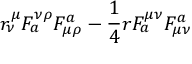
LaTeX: r _ { \nu } ^ { \mu } F _ { a } ^ { \nu \rho } F _ { \mu \rho } ^ { a } - { \frac { 1 } { 4 } } r F _ { a } ^ { \mu \nu } F _ { \mu \nu } ^ { a }